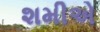
શમીએ